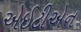
એઈટીએન